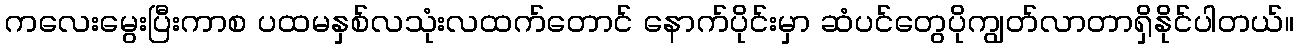
ကလေးမွေးပြီးကာစ ပထမနှစ်လသုံးလထက်တောင် နောက်ပိုင်းမှာ ဆံပင်တွေပိုကျွတ်လာတာရှိနိုင်ပါတယ်။